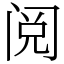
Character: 阅